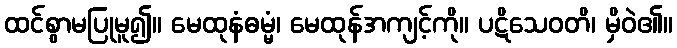
ထင်စွာမပြုမူ၍။ မေထုနံဓမ္မံ၊ မေထုန်အကျင့်ကို။ ပဋိသေဝတိ၊ မှိဝဲ၏။